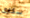
سكارى